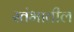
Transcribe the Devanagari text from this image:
स्तंभातील